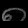
Digit: ၈